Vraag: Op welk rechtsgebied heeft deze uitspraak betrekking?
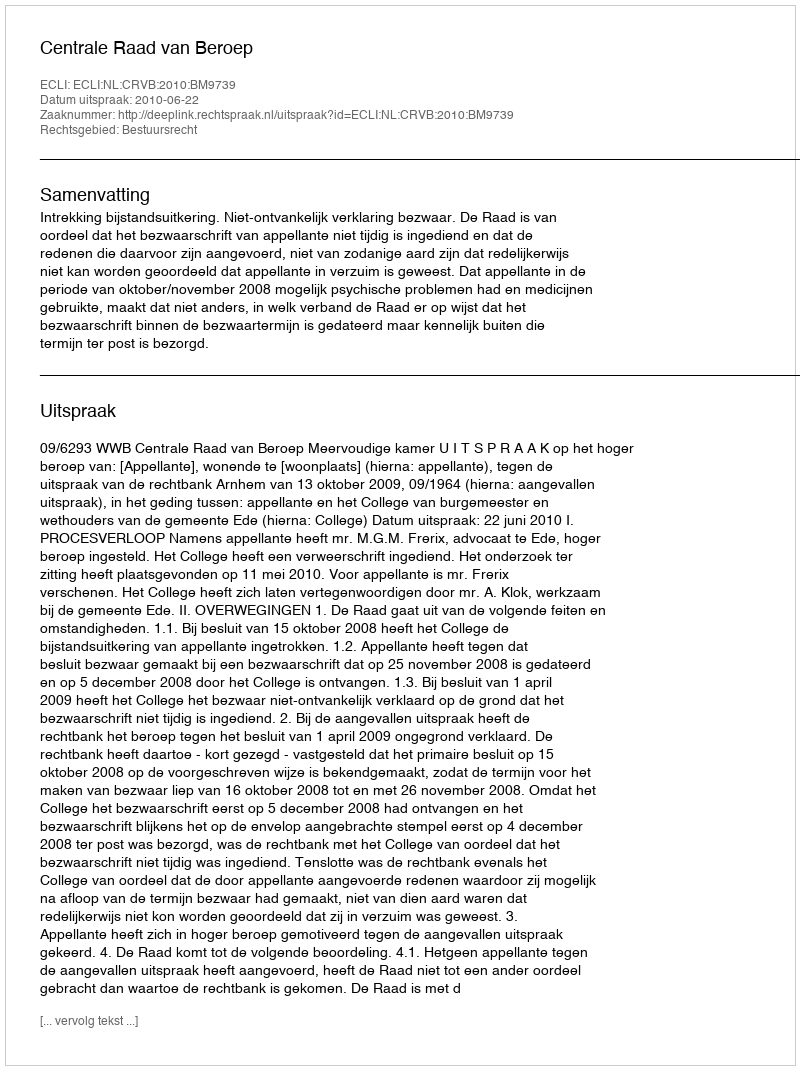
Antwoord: Bestuursrecht